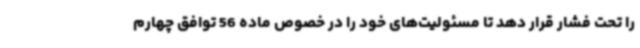
را تحت فشار قرار دهد تا مسئولیت‌های خود را در خصوص ماده 56 توافق چهارم